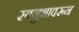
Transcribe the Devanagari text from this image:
स्वनुभावरून